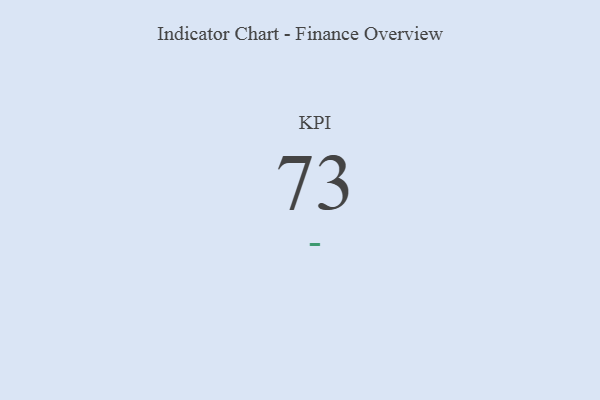
{"axis": {"x": "KPI", "y": "Value"}, "legend": [""], "data": [{"x": "KPI", "y": 73, "type": ""}]}